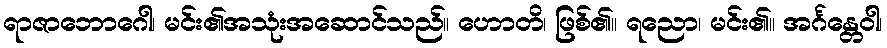
ရာဇာဘောဂေါ၊ မင်း၏အသုံးအဆောင်သည်။ ဟောတိ၊ ဖြစ်၏။ ရညော၊ မင်း၏။ အင်္ဂန္တေဝါ၊